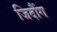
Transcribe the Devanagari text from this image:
जिदौंग